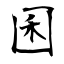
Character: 囷